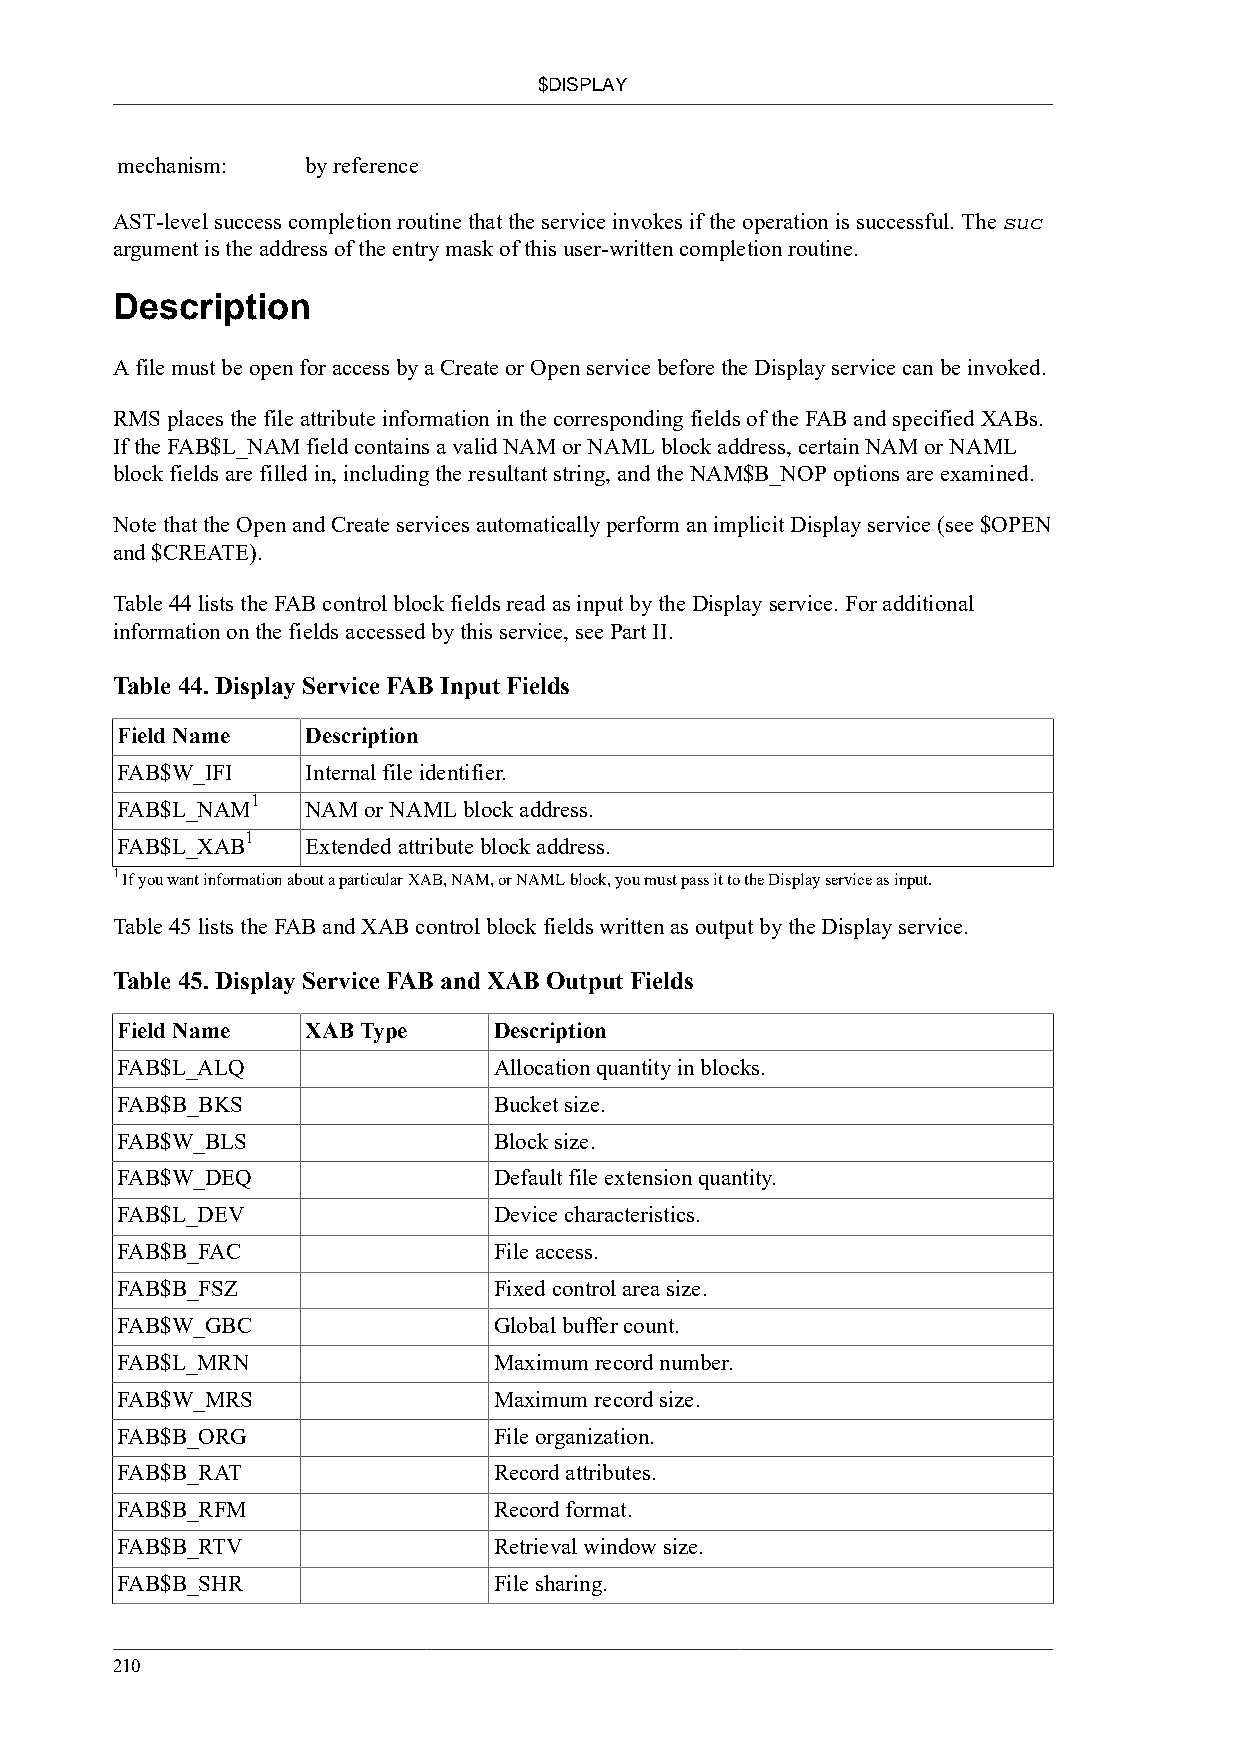
$DISPLAY
 mechanism:  by reference
 AST-level success completion routine that the service invokes if the operation is successful. The suc
 argument is the address of the entry mask of this user-written completion routine.
 Description
 A file must be open for access by a Create or Open service before the Display service can be invoked.
 RMS places the file attribute information in the corresponding fields of the FAB and specified XABs.
 If the FAB$L_NAM field contains a valid NAM or NAML block address, certain NAM or NAML
 block fields are filled in, including the resultant string, and the NAM$B_NOP options are examined.
 Note that the Open and Create services automatically perform an implicit Display service (see $OPEN
 and $CREATE).
 Table 44 lists the FAB control block fields read as input by the Display service. For additional
 information on the fields accessed by this service, see Part II.
 Table 44. Display Service FAB Input Fields
 Field Name  Description
 FAB$W_IFI   Internal file identifier.
 1
 FAB$L_NAM   NAM or NAML block address.
 1
 FAB$L_XAB   Extended attribute block address.
 1 If you want information about a particular XAB, NAM, or NAML block, you must pass it to the Display service as input.
 Table 45 lists the FAB and XAB control block fields written as output by the Display service.
 Table 45. Display Service FAB and XAB Output Fields
 Field Name  XAB Type     Description
 FAB$L_ALQ                Allocation quantity in blocks.
 FAB$B_BKS                Bucket size.
 FAB$W_BLS                Block size.
 FAB$W_DEQ                Default file extension quantity.
 FAB$L_DEV                Device characteristics.
 FAB$B_FAC                File access.
 FAB$B_FSZ                Fixed control area size.
 FAB$W_GBC                Global buffer count.
 FAB$L_MRN                Maximum record number.
 FAB$W_MRS                Maximum record size.
 FAB$B_ORG                File organization.
 FAB$B_RAT                Record attributes.
 FAB$B_RFM                Record format.
 FAB$B_RTV                Retrieval window size.
 FAB$B_SHR                File sharing.
 210